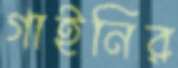
গাইনির